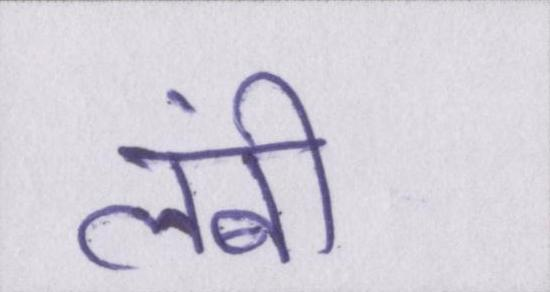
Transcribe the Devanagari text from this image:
लंबी